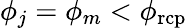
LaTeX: \phi_{j}=\phi_{m}<\phi_{\mathrm{rcp}}